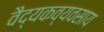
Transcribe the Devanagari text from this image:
वैद्यकव्यवसाय